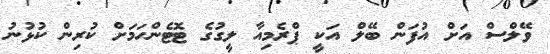
ވޭލްސް އަށް އުފަން ބޭލް އަކީ ޕްރެމިއާ ލީގުގެ ޓޮޓެންހަމަށް ކުރިން ކުޅުނު